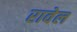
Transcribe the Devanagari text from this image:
रावेल